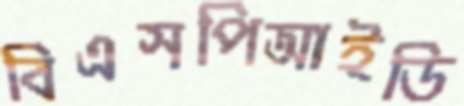
বিএসপিআইডি